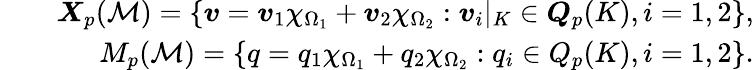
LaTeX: \begin{array}{rlr}&{}&{{\boldsymbol{X}}_{p}({\cal M})=\{ \boldsymbol{v}=\boldsymbol{v}_{1}\chi_{\Omega_{1}}+\boldsymbol{v}_{2}\chi_{\Omega_{2}}:\boldsymbol{v}_{i}|_{K}\in{\boldsymbol{Q}}_{p}(K),i=1,2\} ,}\\ &{}&{M_{p}({\cal M})=\{ q=q_{1}\chi_{\Omega_{1}}+q_{2}\chi_{\Omega_{2}}:q_{i}\in Q_{p}(K),i=1,2\} .}\end{array}